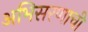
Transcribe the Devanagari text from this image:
अभिसरणाची